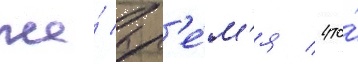
же́ вр'е́м'я / что́